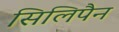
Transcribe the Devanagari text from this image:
सिलिपैन